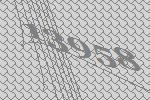
13958